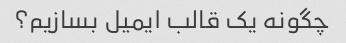
چگونه یک قالب ایمیل بسازیم؟